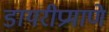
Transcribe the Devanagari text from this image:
डायरीप्रमाणे